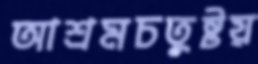
আশ্রমচতুষ্টয়